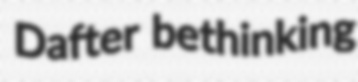
Dafter bethinking